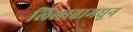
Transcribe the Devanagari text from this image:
लिलावामधून